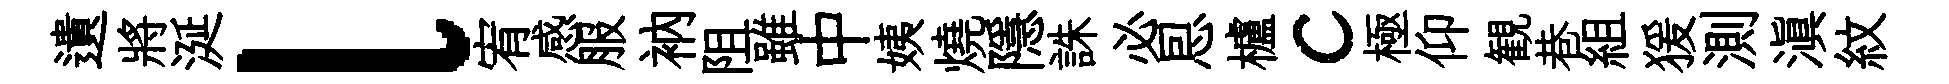
遺將涎l宥感服衲阻雖中姨燒隱誅必㤙櫨c極仰観巷組猨測滇紋